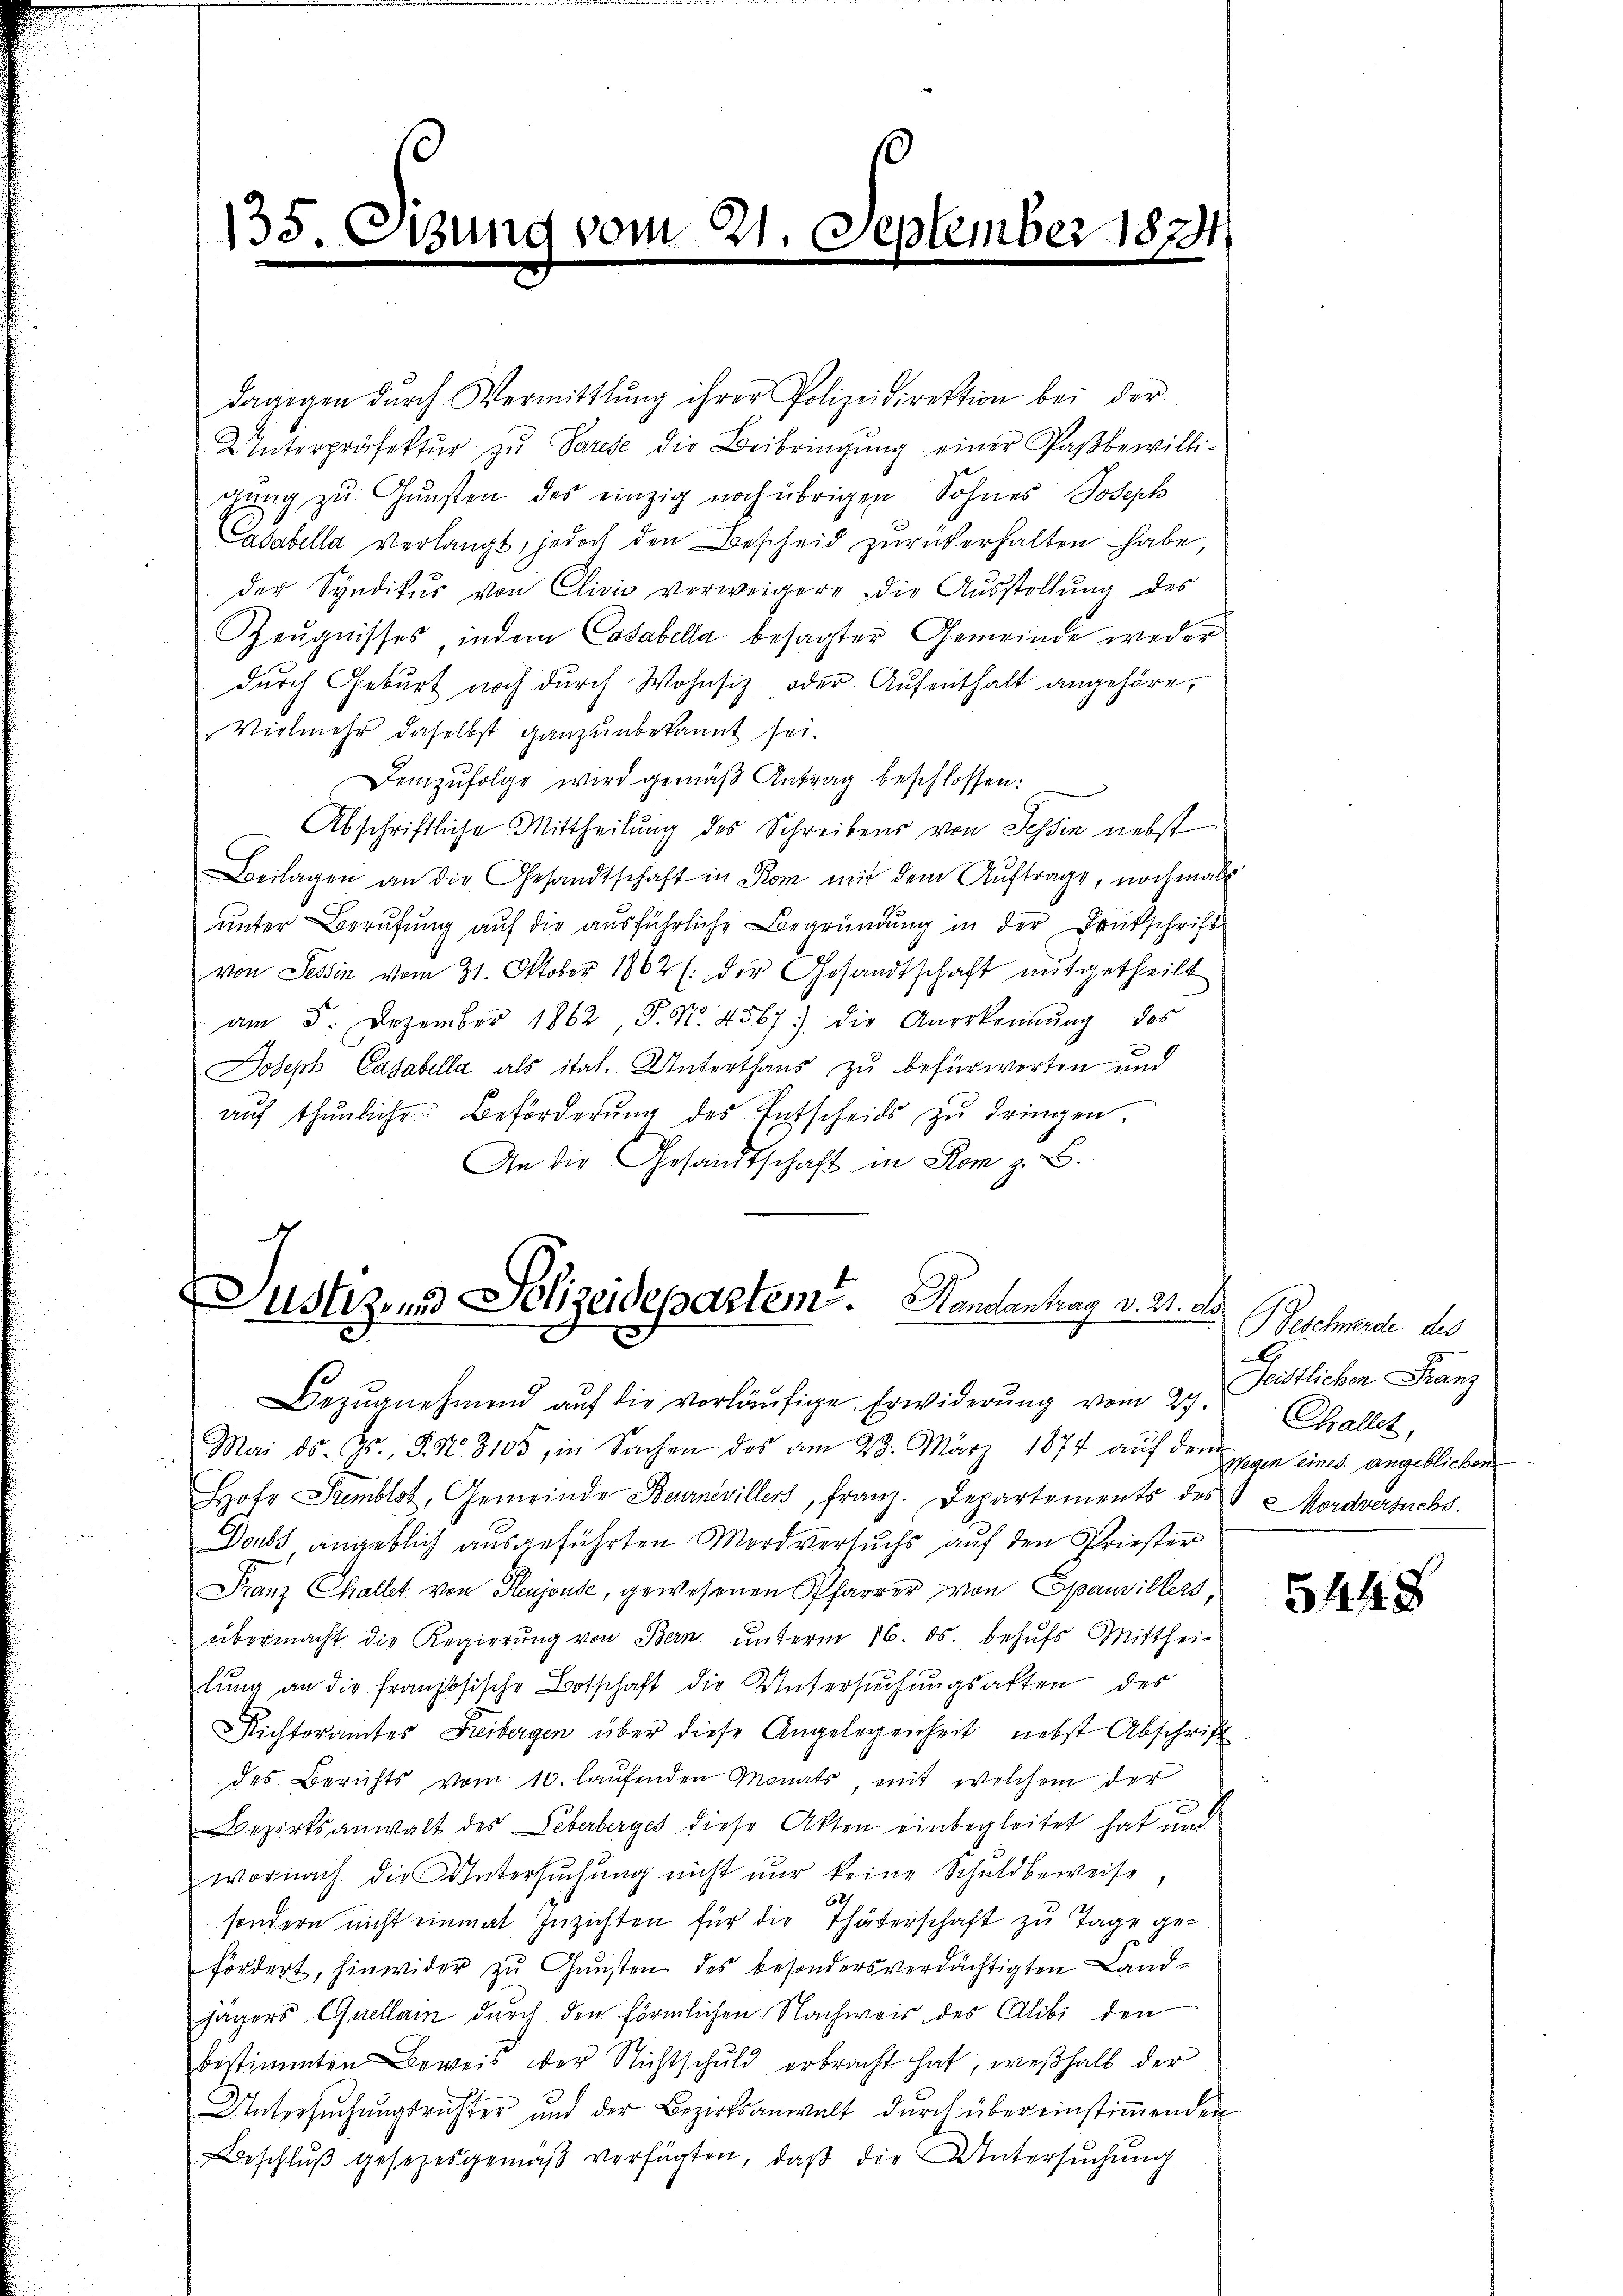
135. 6

Sizung vom 21. September 1874.
e

dagegen dŭrch Vermittlung ihrer Polizeidirektion bei der
Unterpräfektŭr zŭ Parise die Beibringung einer Paßbewilligŭng zu Gunsten des einzig noch übrigen. Sohnes Joseph
Casabella verlangt, jedoch den Bescheid zurückerhalten habe,
der Syndikus von Clivio verweigere die Ausstellung des
Zeugnisses, indem Casabella besagter Gemeinde weder
dŭrch Geburt noch durch Wohnsiz, oder Aufenthalt angehöre,
Vielmehr daselbst ganz unbekannt sei.
Demzufolge wird gemäß Antrag beschlossen:
Abschriftliche Mittheilung des Schreibens von Tessin nebst
Beilagen an die Gesandtschaft in Rom mit dem Auftrage, nochmals
unter Berufung auf die ausführliche Begründung in der Druckschrift
von Tessin vom 31. Oktober 1862 (der Gesandtschaft mitgetheilt
am 5. Dezember 1862, P. Nr. 4567) die Anerkennung des
e
Joseph Casabella als ital. Unterthaŭs zŭ befürworten und
aŭf thŭnliche Beförderŭng des Entscheids zu dringen.
An die Gesandtschaft in Rom z. B.

e
Zustizens Polizeidepartem. Handantrag v. 21. ad

Bezŭgnehmen aŭf die vorläŭfige Erwiderŭng vom 24. Seitlichen Franz

.Mai ds. Gs. 8. No 3105, in Sachen des am 23. März 1874 aŭf dem
Hofe Sumblot, Gemeinde Beurnevillers, franz. Departements des Mordversuchs.
Doubs angeblich ausgeführten Mordversuchs auf den Priester
Franz Challet von Heujouse, gewesenen Pfarrer von Epauvillers,
übermacht die Regierung von Bern unterm 16. ds. behufs Mitthei-
lung an die französische Botschaft die Untersuchungsakten des
Richteramtes Freibergen über diese Angelegenheit nebst Abschrift
des Berichts vom 10. laŭfenden Monats, mit welchem der
Bezirksanwalt des Leberberges diese Akten einbegleitet hat und
wornach die Untersuchung nicht nur keine Schuldbeweise
62
sondern nicht einmal Zuzichten für die Thäterschaft zu Tage gefordert, hinwider zŭ Gŭnsten des besonders verdächtigten Land-
jägers Quellam durch den förmlichen Nachweis des Alibi den
bestimmten Beweis der Nichtschuld erbracht hat; weßhalb der
Untersŭchŭngsrichter und der Bezirksanwalt dŭrch über einstiṁenden
eschlŭβ gesezesgemäβ verfügten, daβ die Untersŭchŭng

Beschwerde des
Challer,
Wegen eines angeblicken.

5448